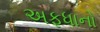
અફધાનો